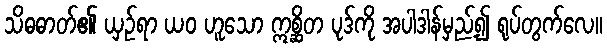
သိဓဓာတ်၏ ယှဉ်ရာ ယဝ ဟူသော ဣစ္ဆိတ ပုဒ်ကို အပါဒါန်မှည့်၍ ရုပ်တွက်လေ။